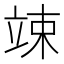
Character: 竦